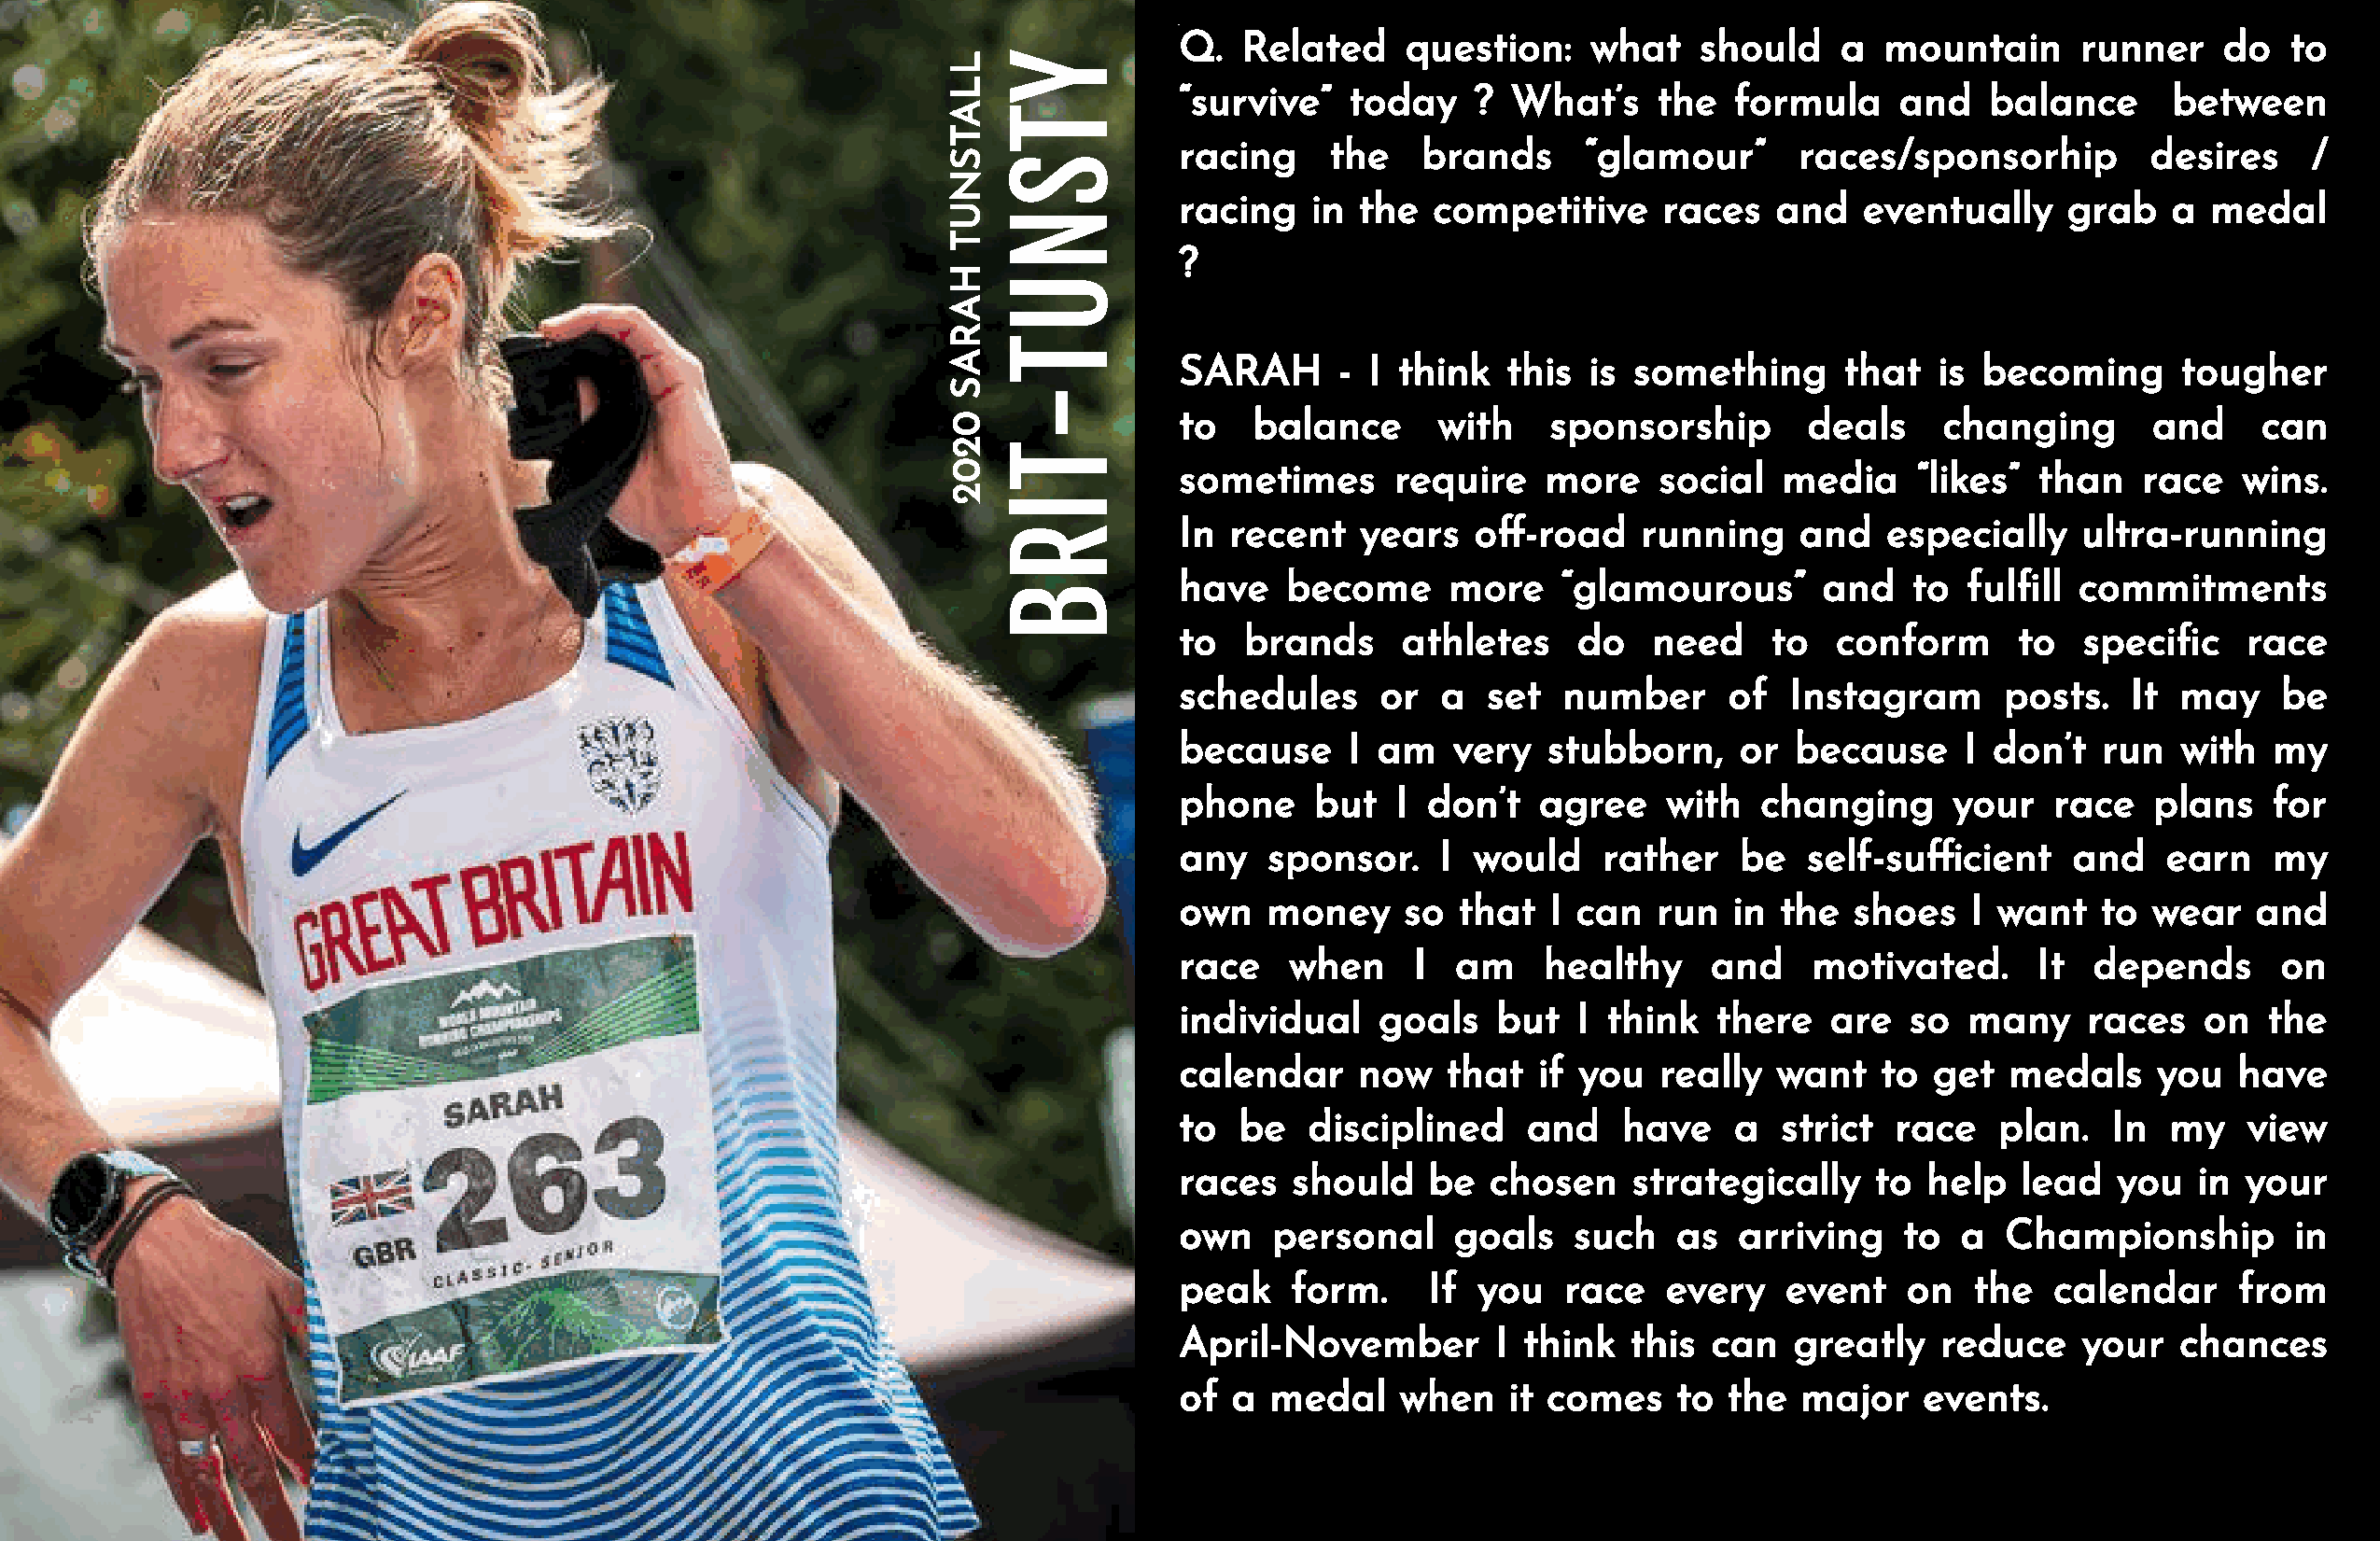
Q.  Related     question:    what   should     a  mountain      runner    do  to
 L    Y
 L
 “survive”   today    ? What’s    the   formula     and   balance      between
 A    T
 T
 racing    the    brands     “glamour”       races/sponsorhip        desires     /
 S    S
 N
 racing   in the   competitive     races   and   eventually     grab   a  medal
 U    N
 T
 ?
 H
 U
 A
 R
 T
 A                SARAH      - I think   this  is something      that  is  becoming      tougher
 S
 -
 0                to   balance      with    sponsorship       deals     changing       and    can
 2    T
 0                sometimes      require    more    social  media     “likes”  than   race   wins.
 2
 I
 In recent   years    o-road    running     and   especially    ultra-running
 R
 have   become      more    “glamourous”      and    to fulll  commitments
 B
 to  brands     athletes     do   need     to  conform      to   specic    race
 schedules     or  a  set   number      of  Instagram      posts.   It  may    be
 because     I am   very   stubborn,    or  because     I don’t   run   with  my
 phone    but   I don’t   agree    with   changing     your    race   plans   for
 any   sponsor.    I would     rather   be   self-sucient      and    earn   my
 own   money     so that   I can  run   in the  shoes    I want   to  wear   and
 race   when     I  am    healthy     and    motivated.      It  depends       on
 individual    goals   but   I think   there   are  so   many    races   on   the
 calendar    now    that  if you   really  want   to  get  medals     you   have
 to  be   disciplined    and    have    a  strict  race    plan.   In  my   view
 races   should   be   chosen    strategically    to  help  lead   you   in your
 own   personal     goals    such   as  arriving    to  a  Championship         in
 peak    form.    If  you   race   every    event   on   the   calendar     from
 April-November        I think   this can   greatly    reduce    your   chances
 of a  medal    when    it comes    to the   major   events.